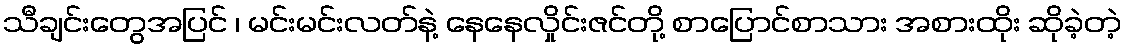
သီချင်းတွေအပြင် ၊ မင်းမင်းလတ်နဲ့ နေနေလှိုင်းဇင်တို့ စာပြောင်စာသား အစားထိုး ဆိုခဲ့တဲ့